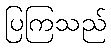
ပြကြသည်